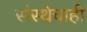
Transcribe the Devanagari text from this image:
संस्थेचाही